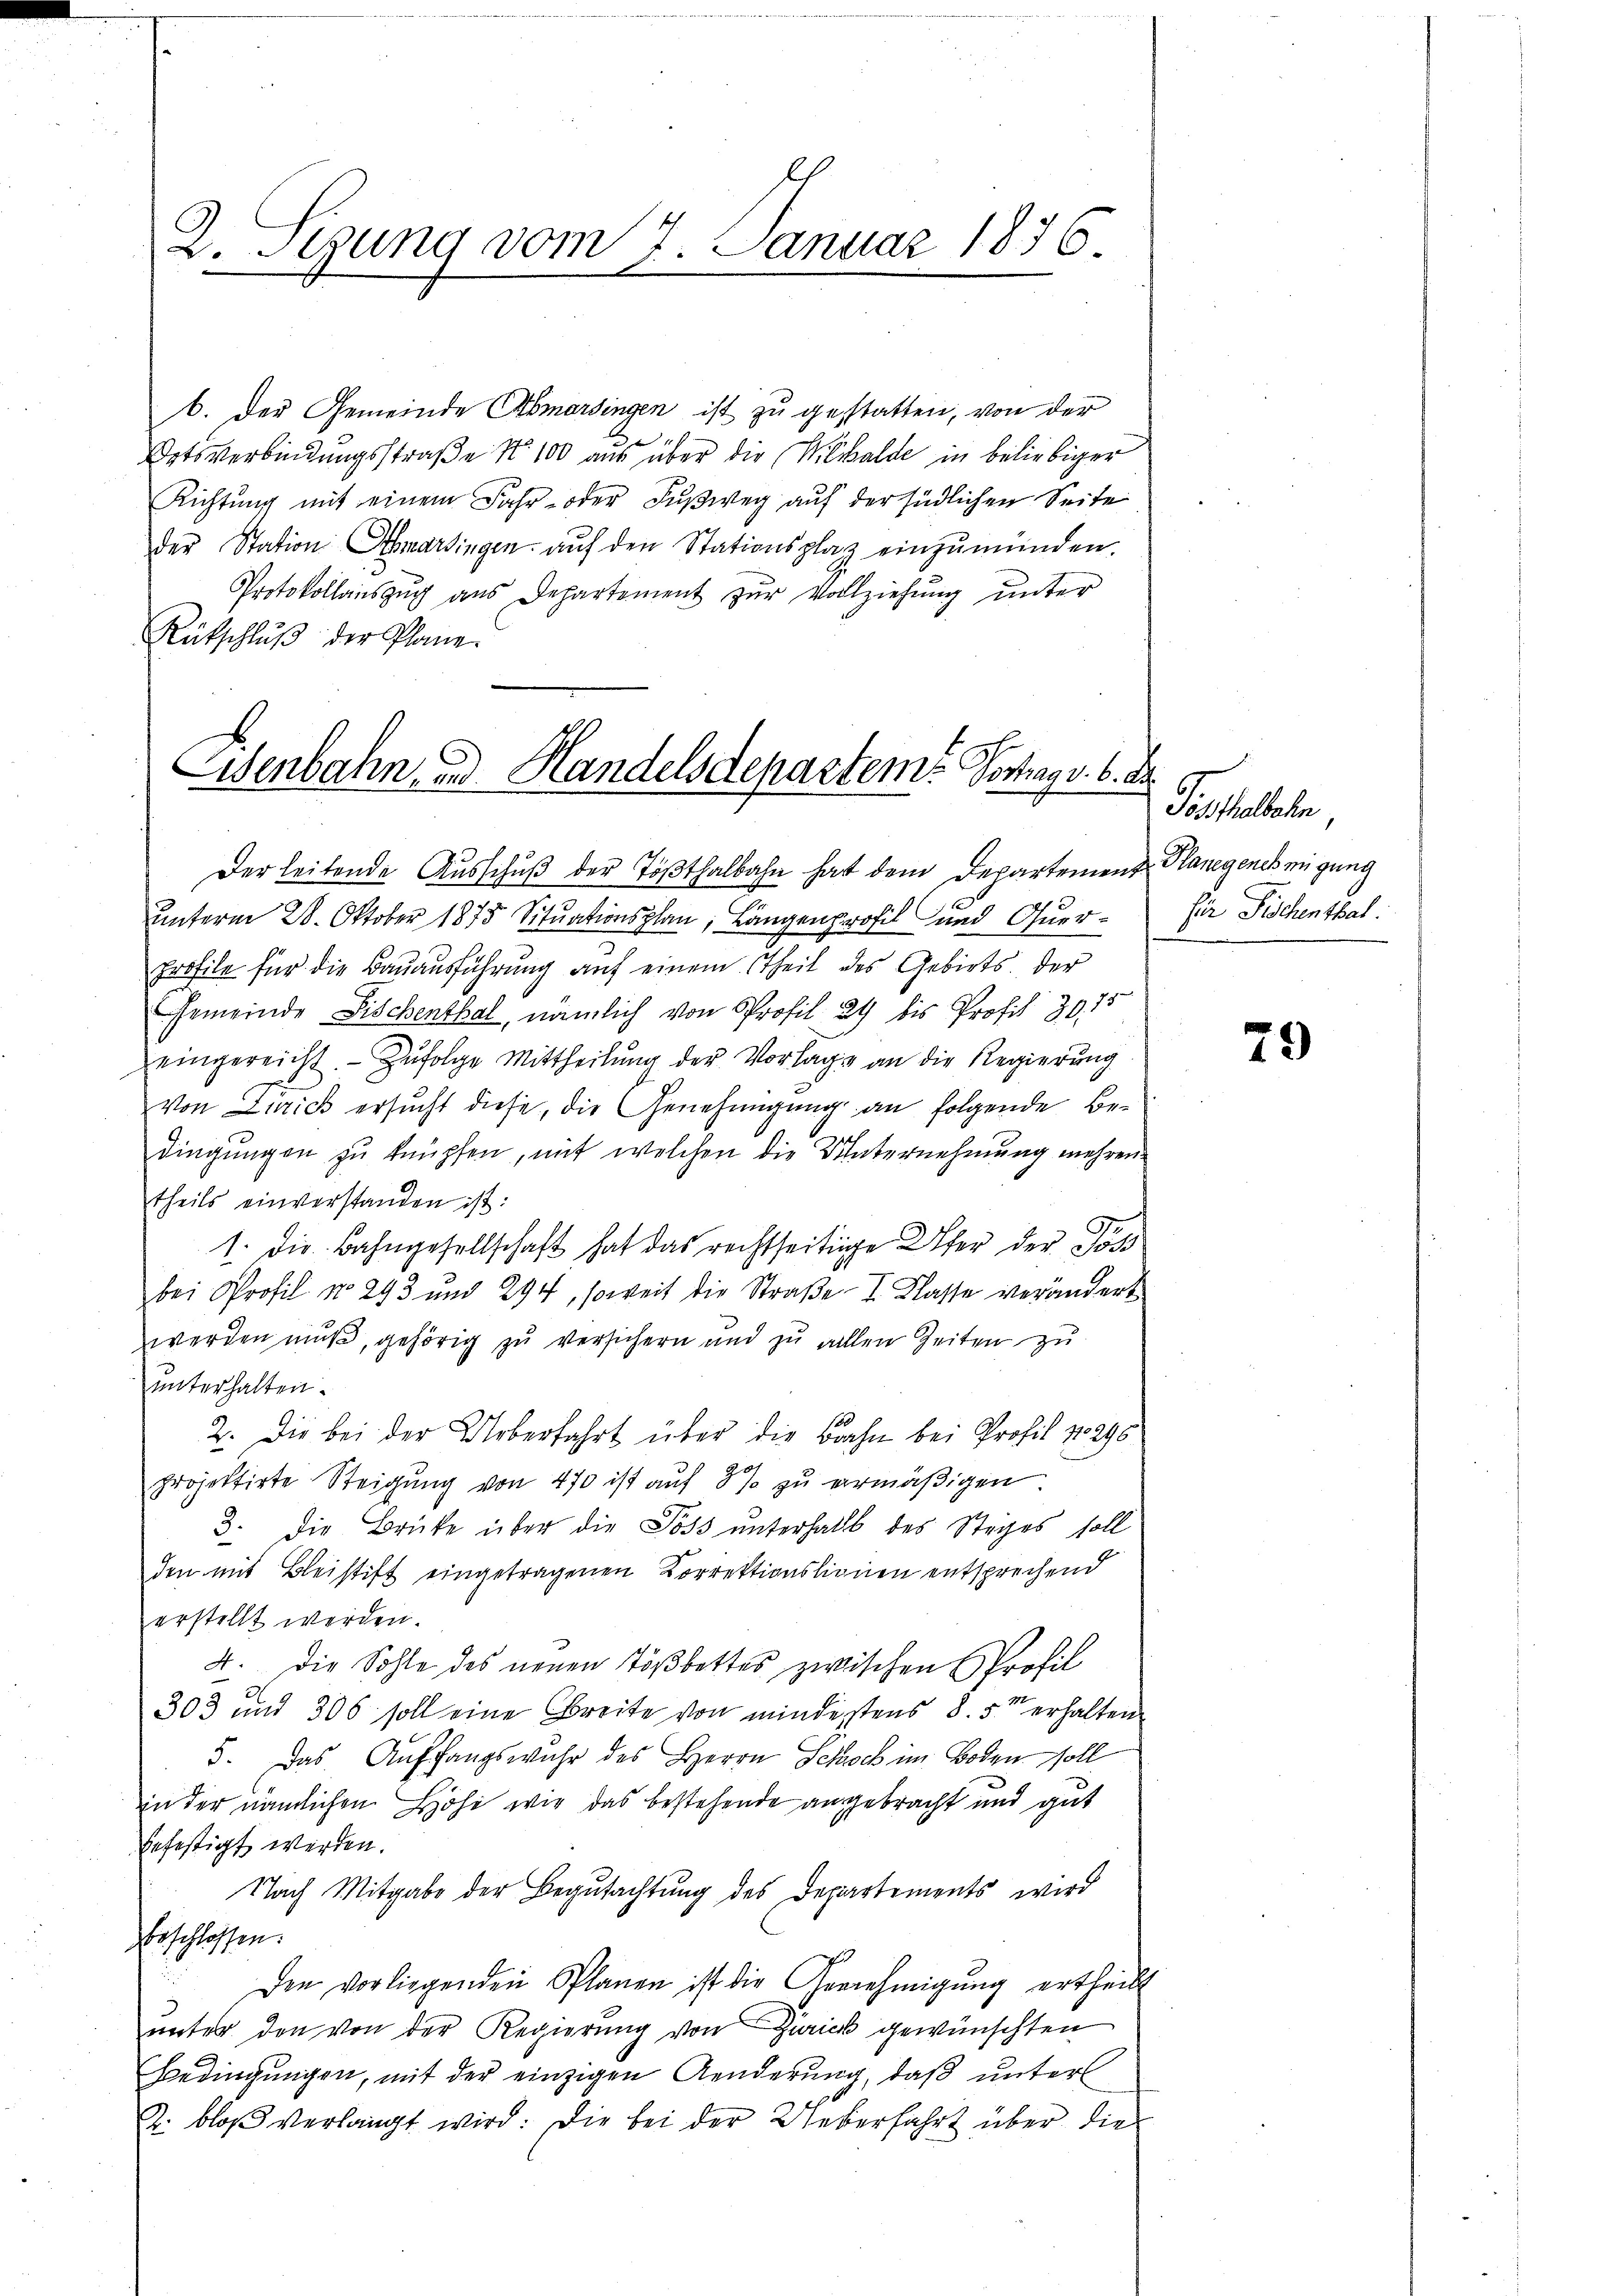
2. Stung vom 7. Januar 1876.

b. Der Gemeinde Abmarsingen ist zu gestatten, von der
Optsverbindungsstraße No 100 aus über die Wilhalde in beliebiger
Richtung mit einem Jahr- oder Fußweg auf der südlichen Seite
der Station Abmarsingen aŭf den Stationsplatz einzŭmünden.
Protokollaŭszŭg aŭs Departement zŭr Vollziehŭng ŭnter
Rütschlŭβ der Plane.

Eisenbahn, und Handelsdepartem Vortrags. 6. de

Der leitende Ausschŭβ der Tößthalbahn hat dem Departement Planegenehmigung
unterm 28. Oktober 1873 Situationsplan, Längenprofil und Quer¬
Erofile für die Bauausführung auf einem theil des Gebiets, der
Gemeinde Fischenthal, nämlich von Profil 24 bis Profil 30. 75
eingereicht. — Zufolge Mittheilung der Vorlage an die Regierung
Von Zürich ersucht diese, die Genehmigung an folgende Bedingungen zu knüpfen, mit welchen die Unternehmung mehrentheils einverstanden ist:
1. Die Bahngesellschaft hat das rechtseitige Ufer der Pos
bei Profil No 293 und 294, soweit die Straße I. Klasse verändert
werden mŭβ, gehörig zu versichern und zu allen Zeiten zu
unterhalten.
2. Die bei der Ueberfahrt über die Bahn bei Profil 18296
projektirte Steigung von 470 ist auf 8 % zu vermäßigen
3. Die Brücke über die Poss unterhalls des Steges soll
den mit Bleistift eingetragenen Korrektionslionen entsprechend
erstellt werden.
4. die Sohle des neuen Tößbettes zwischen Sprofil
303 und 306 soll eine Breite von minderstens 8. 5ten erhalten
5. Das Auffangswahr des Herrn Schock im Boden soll
in der nämlichen Höhe wir das bestehende angebracht und gut
befestigt werden.
Nach Mitgabe der Begutachtung des Departements wird
beschlossen:
Den vorliegenden Planen ist die Gernehmigŭng ertheilt
unter den von der Regierung von Zürich gewünschten
Bedingungen, mit der einzigen Aenderung, daß unter
2: bloß verlangt wird: Die bei der Ueberfahrt über die

Posthalbahn,
für Fischenthal.

79